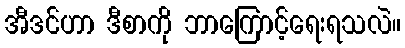
အီဒင်ဟာ ဒီစာကို ဘာကြောင့်ရေးရသလဲ။